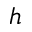
h